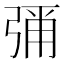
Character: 𭚶